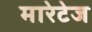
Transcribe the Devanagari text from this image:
मारेटेज